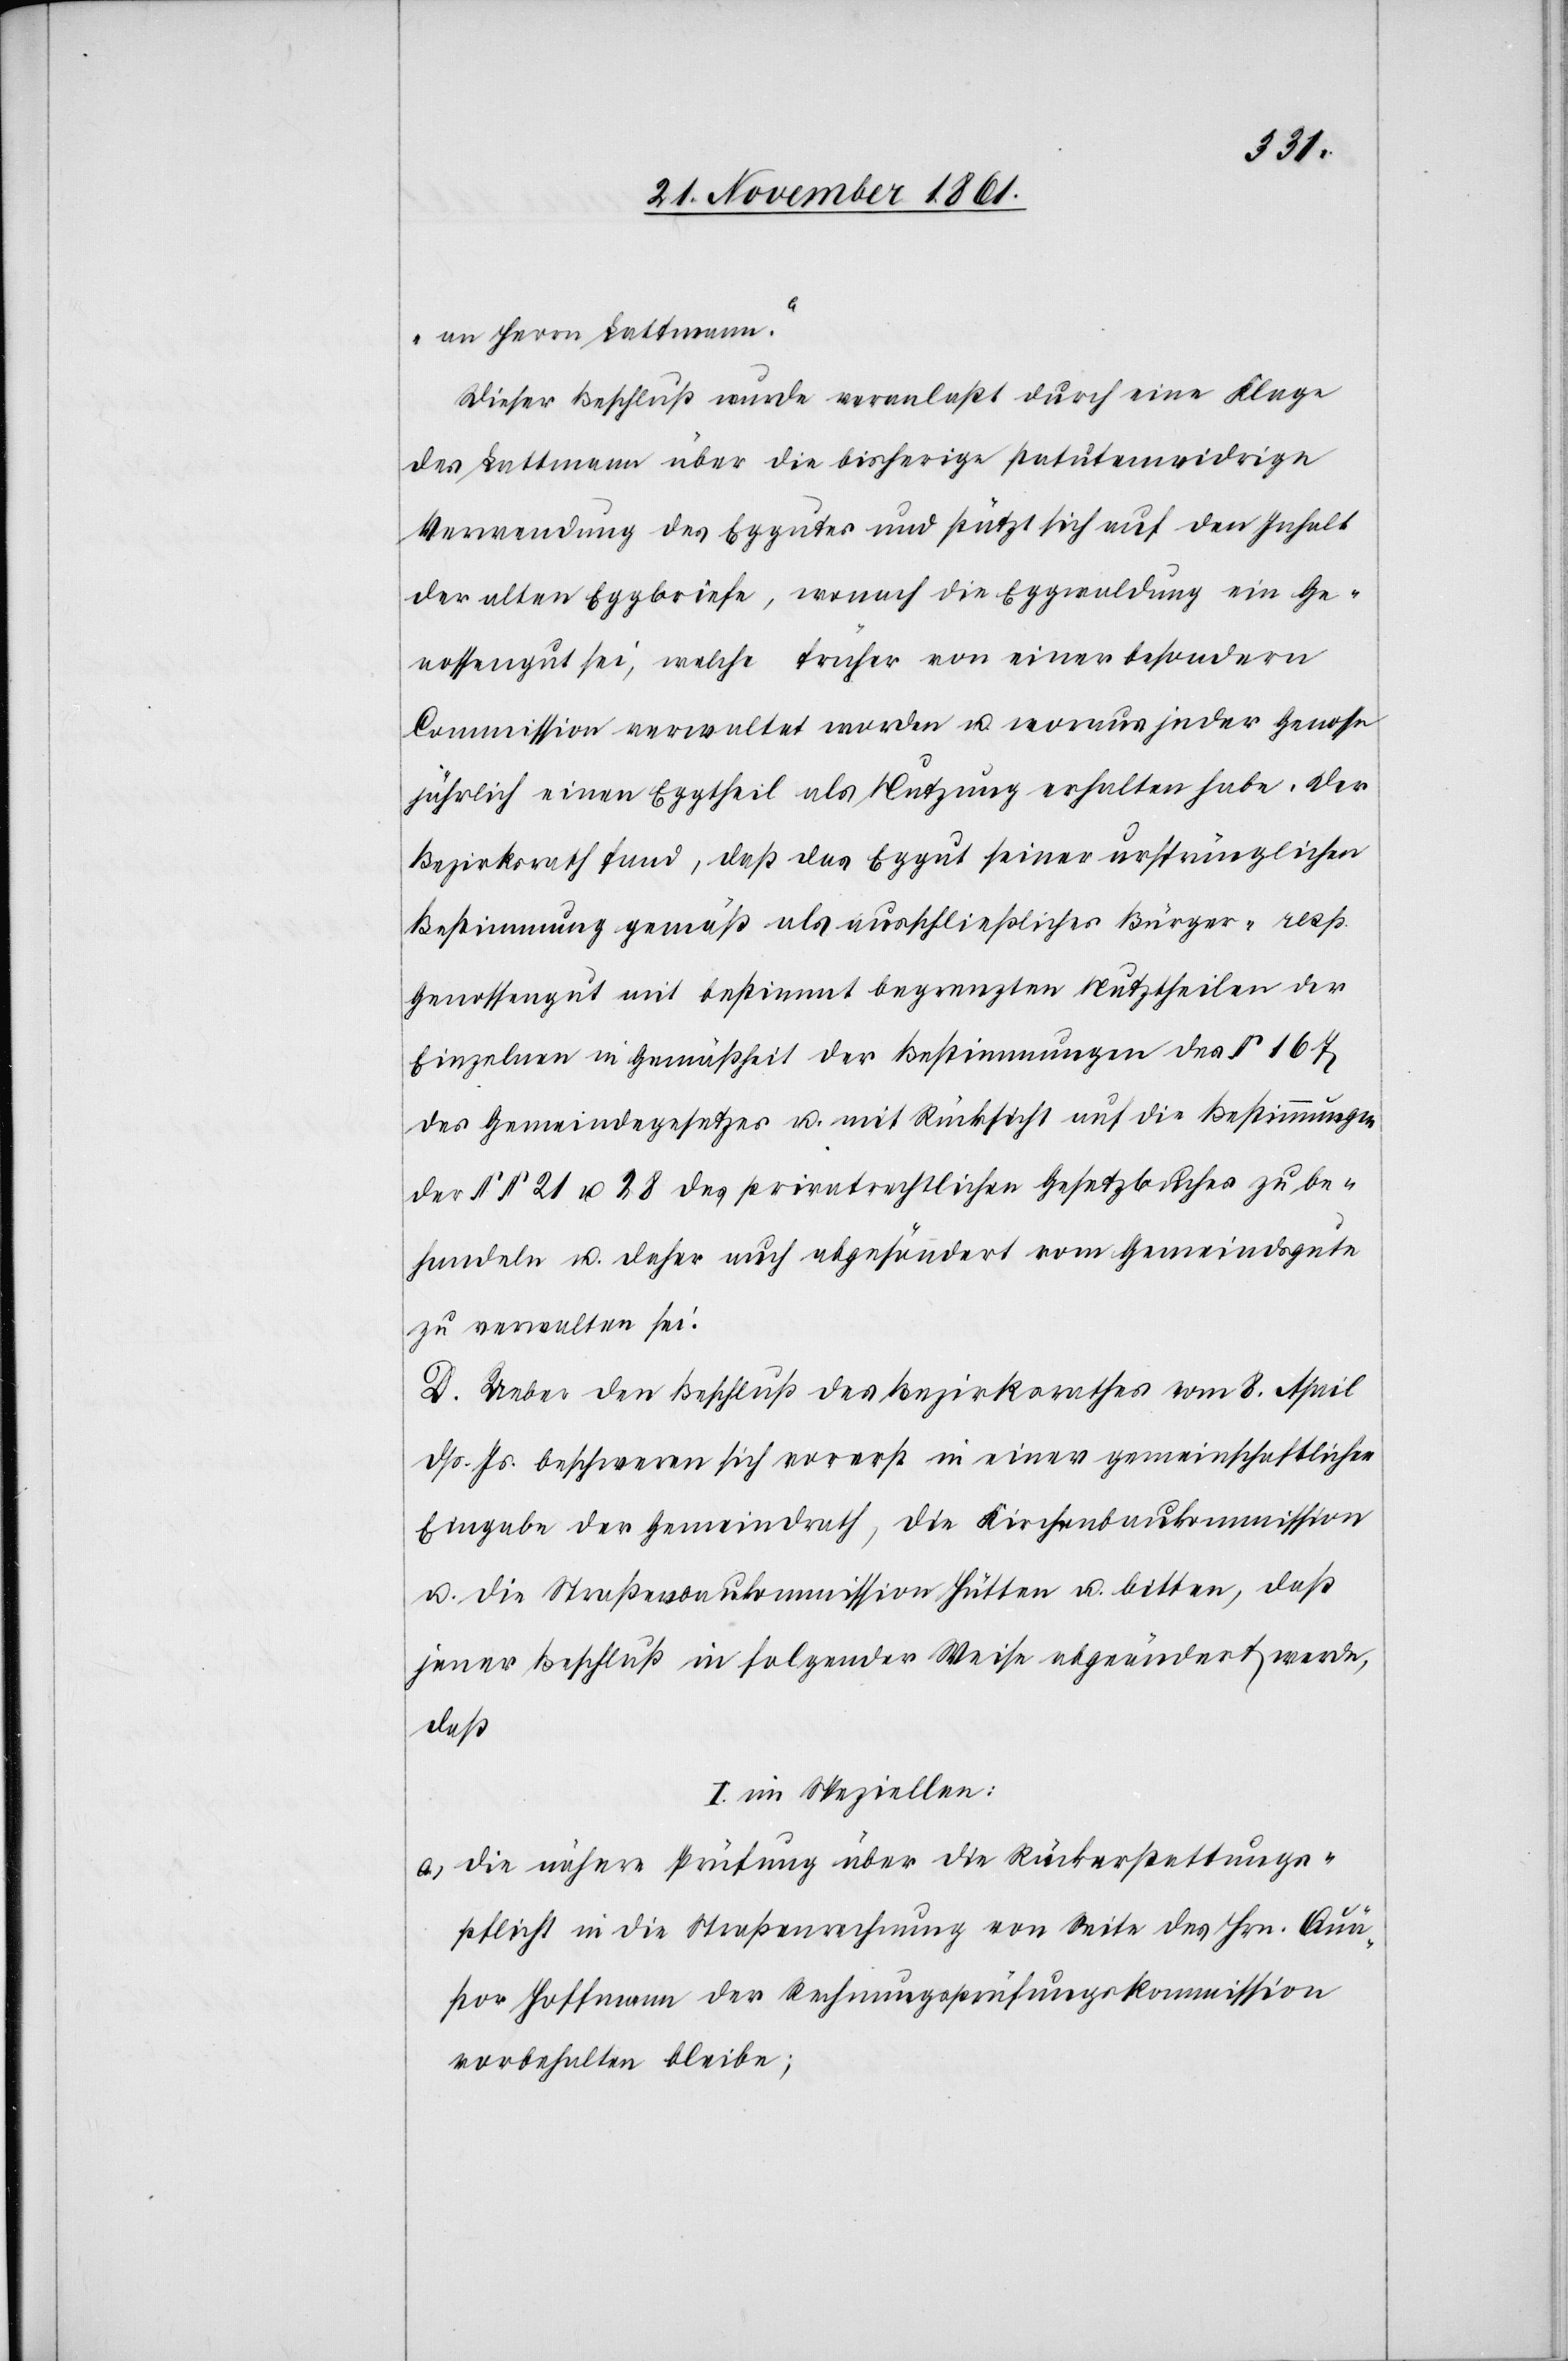
an Herrn Lattmann.“
Dieser Beschluß wurde veranlaßt durch eine Klage
des Lattmann über die bisherige statutenwidrige
Verwendung des Eggutes und stützt sich auf den Inhalt
der alten Eggbriefe, wonach die Eggwaldung ein Ge¬
nossengut sei, welche früher von einer besondern
Commission verwaltet worden u. woraus jeder Genosse
jährlich einen Eggtheil als Nutzung erhalten habe. Der
Bezirksrath fand, daß das Eggut seiner ursprünglichen
Bestimmung gemäß als ausschließlicher Bürger- resp.
Genossengut mit bestimmt begrenzten Nutztheilen der
Einzelnen in Gemäßheit der Bestimmungen des § 167
des Gemeindegesetzes u. mit Rücksicht auf die Bestimmungen
der §§ 21 u. 28 des privatrechtlichen Gesetzbuches zu be¬
handeln u. daher auch abgesöndert vom Gemeindgute
zu verwalten sei.
D. Ueber den Beschluß des Bezirksrathes vom 8 April
dß Js. beschweren sich vorerst in einer gemeinschaftlichen
Eingabe der Gemeindrath, die Kirchenbaukommission
u. die Straßenbaukommission Hütten u. bitten, daß
jener Beschluß in folgender Weise abgeändert werde,
daß
I. im Speziellen:
a.) die nähere Prüfung über die Rückerstattungs¬
pflicht in die Straßenrechnung von Seite des Hrn. Quä¬
stor Hoffmann der Rechnungsprüfungskommission
vorbehalten bleibe;